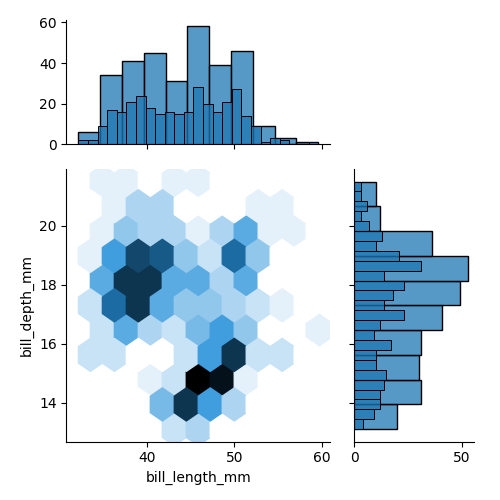
python, seaborn, jointplot, kind='hex', height='5', ratio='2', marginal_ticks='True'